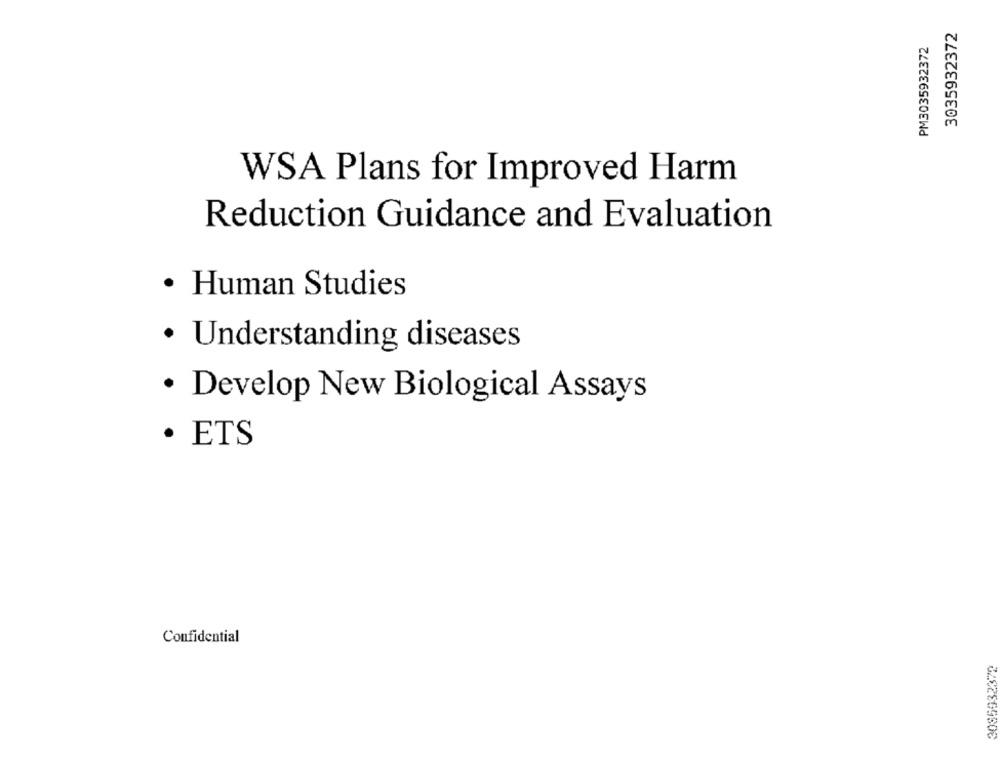
3035932372
PM3035932372
WSA Plans for Improved Harm
Reduction Guidance and Evaluation
· Human Studies
· Understanding diseases
· Develop New Biological Assays
· ETS
Confidential
3085932372